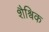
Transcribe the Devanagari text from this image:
शैश्विक